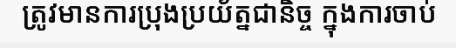
ត្រូវមានការប្រុងប្រយ័ត្នជានិច្ច ក្នុងការចាប់